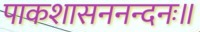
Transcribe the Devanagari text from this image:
पाकशासननन्दनः॥